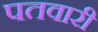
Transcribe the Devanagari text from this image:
पतवारी